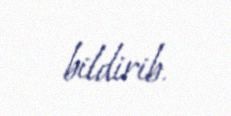
bildirib.